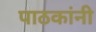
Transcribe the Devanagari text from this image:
पाठकांनी